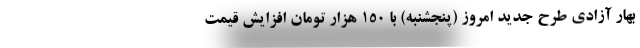
بهار آزادی طرح جدید امروز (پنجشنبه) با ۱۵۰ هزار تومان افزایش قیمت